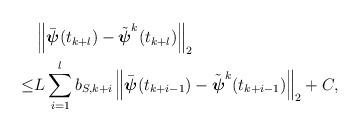
LaTeX: \begin{align*}\begin{aligned}&\left\| \bar{\boldsymbol{\psi}}(t_{k+l}) - \tilde{\boldsymbol{\psi}}^k(t_{k+l})\right\|_2 \\\le& L \sum_{i=1}^{l} b_{S,k+i} \left\| \bar{\boldsymbol{\psi}}(t_{k+i-1}) - \tilde{\boldsymbol{\psi}}^k(t_{k+i-1}) \right\|_2 + C,\end{aligned}\end{align*}